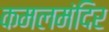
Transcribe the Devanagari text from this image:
कमलमंदिर